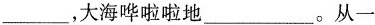
___，大海哗啦啦地___。从一